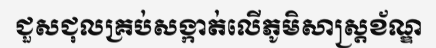
ជួសជុលគ្រប់សង្កាត់លើភូមិសាស្ត្រខ័ណ្ឌ